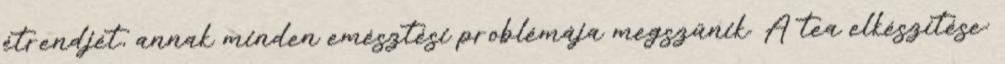
étrendjét, annak minden emésztési problémája megszűnik. A tea elkészítése: